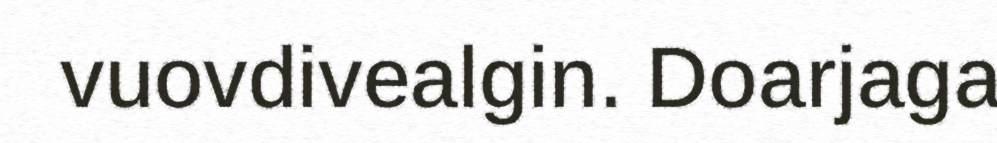
vuovdivealgin. Doarjaga